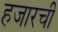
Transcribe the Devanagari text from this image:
हजारची